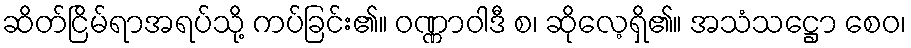
ဆိတ်ငြိမ်ရာအရပ်သို့ ကပ်ခြင်း၏။ ဝဏ္ဏာဝါဒီ စ၊ ဆိုလေ့ရှိ၏။ အသံသဋ္ဌော စေဝ၊